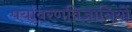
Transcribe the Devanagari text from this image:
पर्यावरणविज्ञानियों